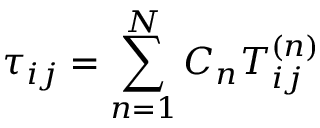
{ \tau _ { i j } } = \sum _ { n = 1 } ^ { N } { { C _ { n } } T _ { i j } ^ { \left( n \right) } }